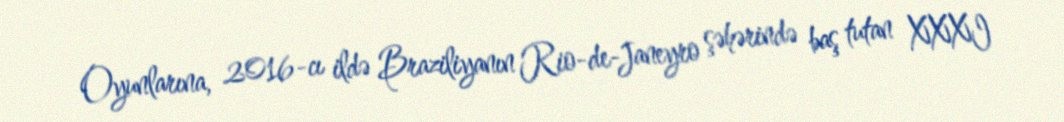
Oyunlarına, 2016-cı ildə Braziliyanın Rio-de-Janeyro şəhərində baş tutan XXXI